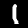
Label: 1